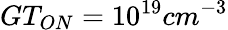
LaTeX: GT_{ON}=10^{19}cm^{-3}